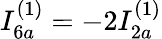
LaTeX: I_{6a}^{(1)}=-2I_{2a}^{(1)}